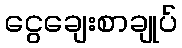
ငွေချေးစာချုပ်